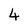
Character: 4